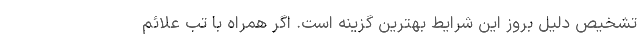
تشخیص دلیل بروز این شرایط بهترین گزینه است. اگر همراه با تب علائم